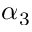
\alpha _ { 3 }